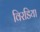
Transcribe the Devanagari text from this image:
विरडिया